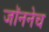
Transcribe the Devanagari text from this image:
जॉननेच